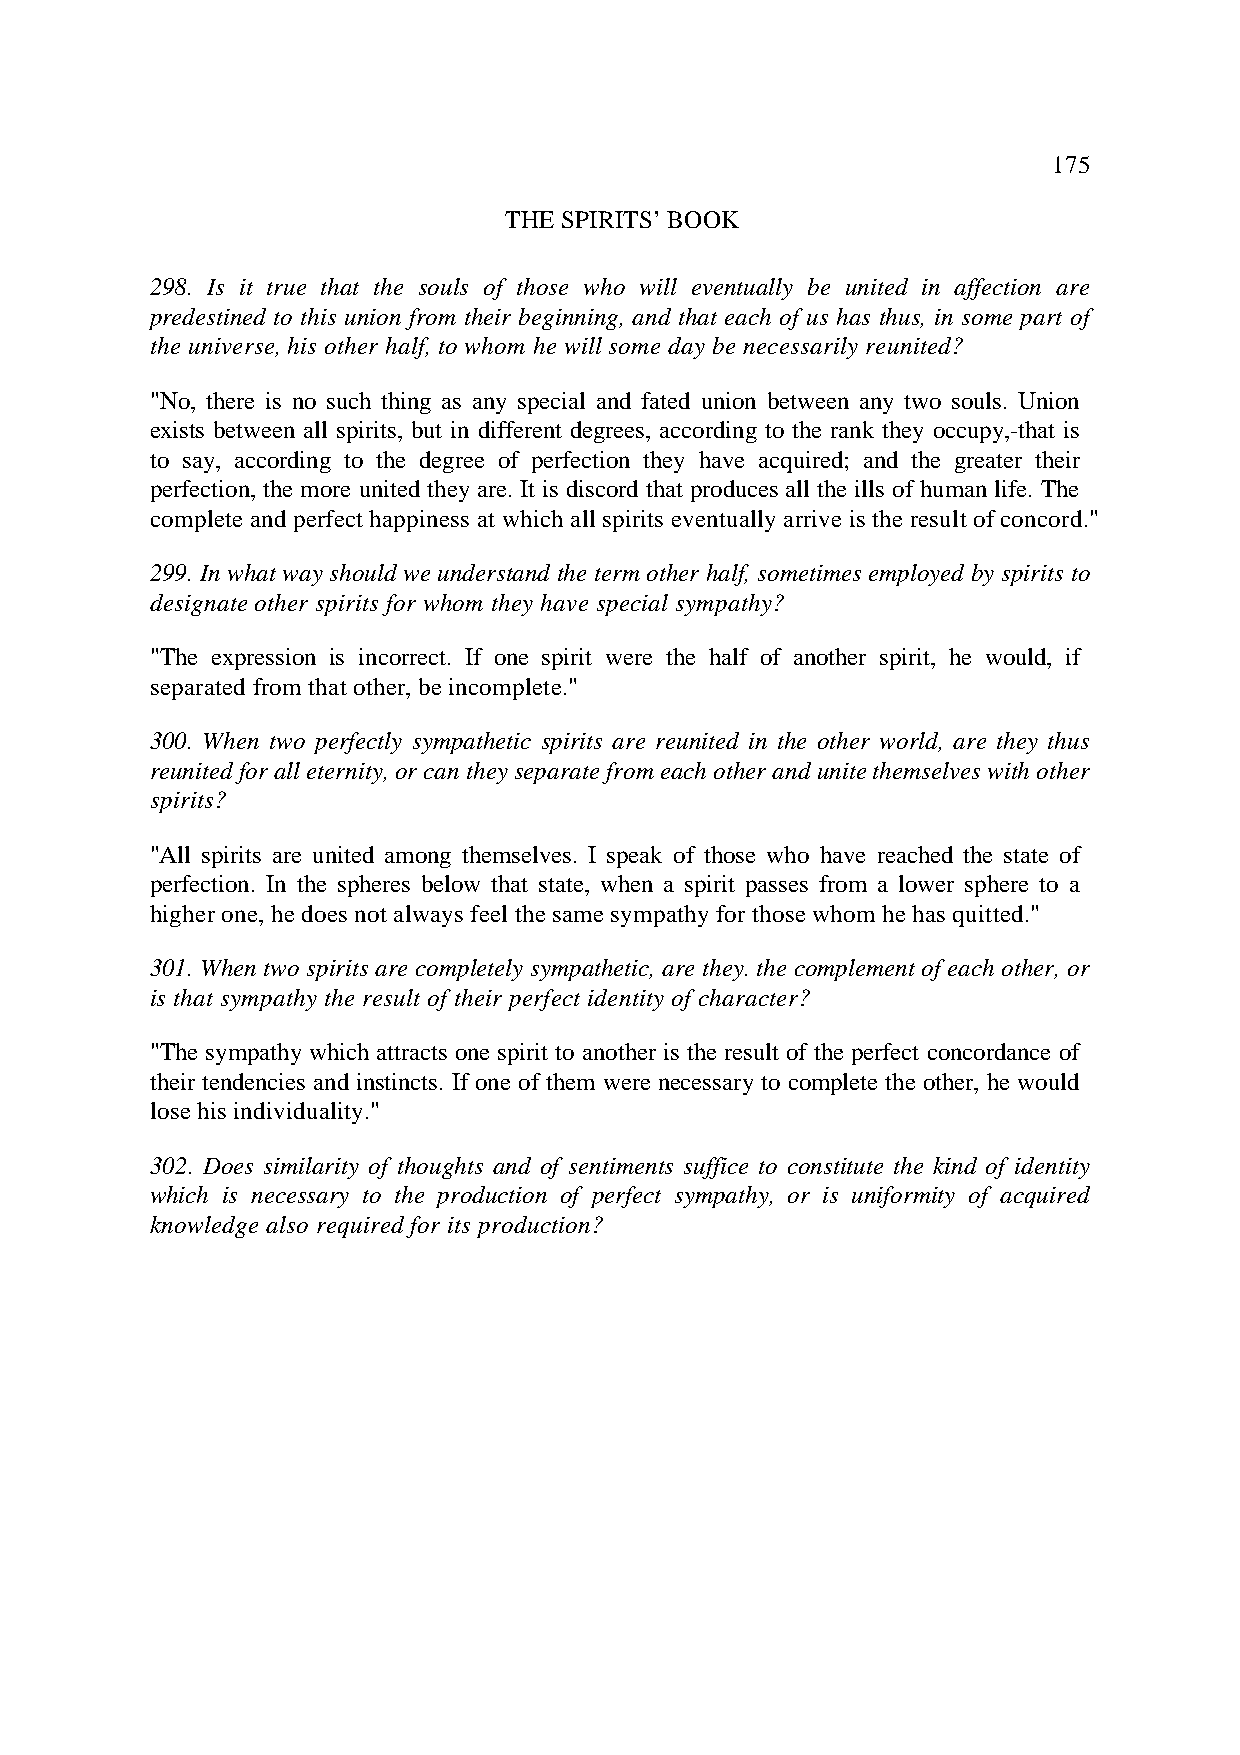
175
 THE SPIRITS’ BOOK
 298. Is it true that the souls of those who will eventually be united in affection are
 predestined to this union from their beginning, and that each of us has thus, in some part of
 the universe, his other half, to whom he will some day be necessarily reunited?
 "No, there is no such thing as any special and fated union between any two souls. Union
 exists between all spirits, but in different degrees, according to the rank they occupy,-that is
 to say, according to the degree of perfection they have acquired; and the greater their
 perfection, the more united they are. It is discord that produces all the ills of human life. The
 complete and perfect happiness at which all spirits eventually arrive is the result of concord."
 299. In what way should we understand the term other half, sometimes employed by spirits to
 designate other spirits for whom they have special sympathy?
 "The expression is incorrect. If one spirit were the half of another spirit, he would, if
 separated from that other, be incomplete."
 300. When two perfectly sympathetic spirits are reunited in the other world, are they thus
 reunited for all eternity, or can they separate from each other and unite themselves with other
 spirits?
 "All spirits are united among themselves. I speak of those who have reached the state of
 perfection. In the spheres below that state, when a spirit passes from a lower sphere to a
 higher one, he does not always feel the same sympathy for those whom he has quitted."
 301. When two spirits are completely sympathetic, are they. the complement of each other, or
 is that sympathy the result of their perfect identity of character?
 "The sympathy which attracts one spirit to another is the result of the perfect concordance of
 their tendencies and instincts. If one of them were necessary to complete the other, he would
 lose his individuality."
 302. Does similarity of thoughts and of sentiments suffice to constitute the kind of identity
 which is necessary to the production of perfect sympathy, or is uniformity of acquired
 knowledge also required for its production?